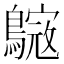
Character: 𪄺